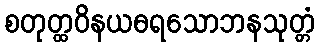
စတုတ္ထဝိနယဓရသောဘနသုတ္တံ